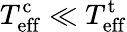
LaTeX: T_{\mathrm{eff}}^{\mathrm{c}}\ll T_{\mathrm{eff}}^{\mathrm{t}}